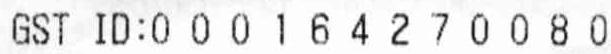
GST ID:000164270080